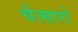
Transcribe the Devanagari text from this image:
चेत्सारो